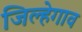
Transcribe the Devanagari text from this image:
जिल्हेगाव